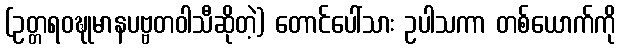
(ဥတ္တရဝဍ္ဎုမာနပဗ္ဗတဝါသီဆိုတဲ့) တောင်ပေါ်သား ဥပါသကာ တစ်ယောက်ကို